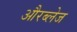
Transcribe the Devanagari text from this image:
औरब्लेज